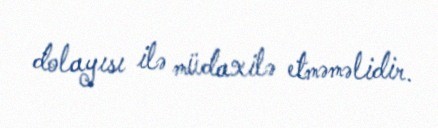
dolayısı ilə müdaxilə etməməlidir.